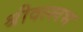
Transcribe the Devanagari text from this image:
श्रीवल्‍लभ